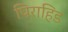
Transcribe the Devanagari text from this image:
पिराहिड